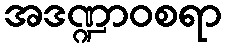
အဒဏ္ဍာဝစရာ